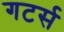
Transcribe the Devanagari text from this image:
गटर्स